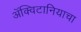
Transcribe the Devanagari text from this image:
ॲक्विटानियाचा